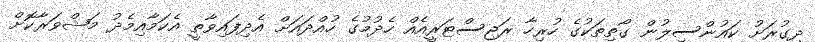
ދިގުރަށު ކައުންސިލުން ގޯތިތަކުގެ ހުރިހާ ރަޖިސްޓަރީއެއް ހެދުމުގެ ހުއްދައަށް އެދިފައިވާތީ އެކަމާއިމެދު މަޝްވަރާކޮށް